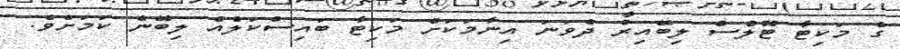
ގެ މަކިޓާ ޓޫލްސް ލިބޭއިރު ދެވަނަ އިނާމަކަށް މަކިޓާ ބައިސްކަލެއް ލިބޭނެ ކަމަށެވެ.